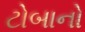
ટોબાનો